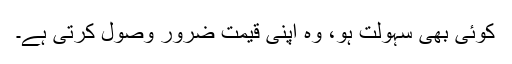
کوئی بھی سہولت ہو، وہ اپنی قیمت ضرور وصول کرتی ہے۔